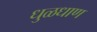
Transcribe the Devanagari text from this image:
धुळधाण